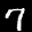
Label: 7